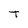
Character: T